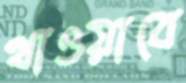
খাওয়াবে